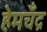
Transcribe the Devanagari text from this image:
हेमचँद्र